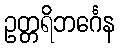
ဥတ္တရိဘင်္ဂေန